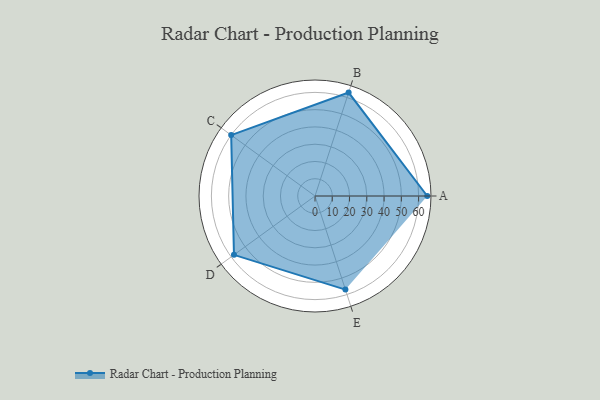
{"axis": {"x": "Skill", "y": "Score"}, "legend": ["Profile"], "data": [{"x": "A", "y": 65.0, "type": "Profile"}, {"x": "B", "y": 63.0, "type": "Profile"}, {"x": "C", "y": 60.0, "type": "Profile"}, {"x": "D", "y": 58.0, "type": "Profile"}, {"x": "E", "y": 57.0, "type": "Profile"}]}